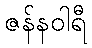
ဇန်နဝါရီ